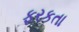
ફરકતા